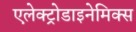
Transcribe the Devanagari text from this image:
एलेक्ट्रोडाइनेमिक्स